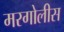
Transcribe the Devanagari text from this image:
मरगोलीस